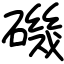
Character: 磯